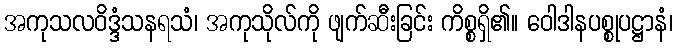
အကုသလဝိဒ္ဒံသနရသံ၊ အကုသိုလ်ကို ဖျက်ဆီးခြင်း ကိစ္စရှိ၏။ ဝေါဒါနပစ္စုပဋ္ဌာနံ၊